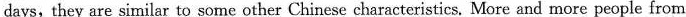
days,they are similar to some other Chinese characteristics. More and more people from